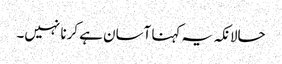
حالانکہ یہ کہنا آسان ہے کرنا نہیں۔